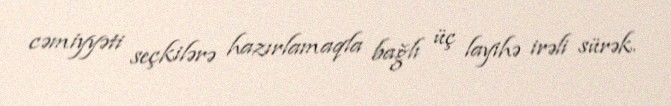
cəmiyyəti seçkilərə hazırlamaqla bağlı üç layihə irəli sürək.